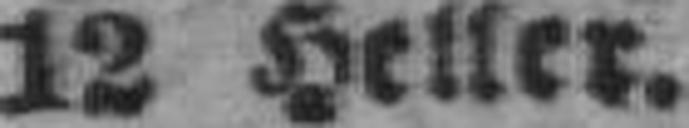
12 Heller.